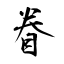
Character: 眷